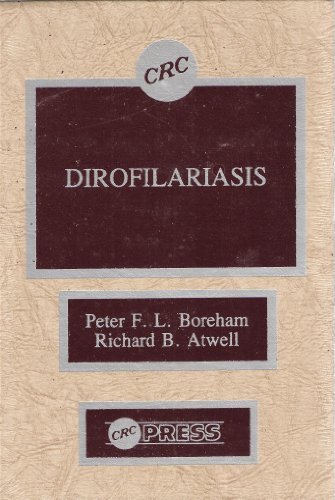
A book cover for Dirofilariasis; P. F. L. Boreham; Medical Books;